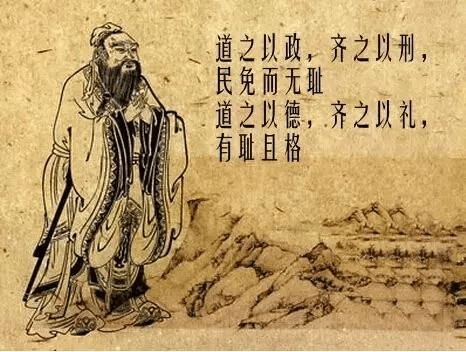
道之以政，齐之以刑，民免而无耻。